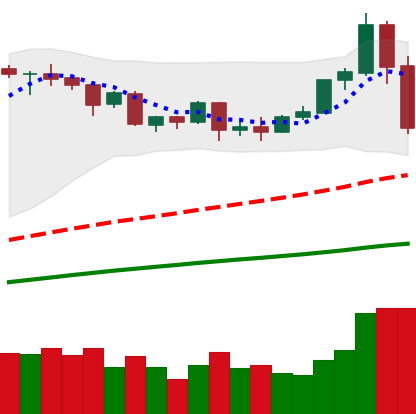
Ticker: ETH-USD
Chart end date: 2020-09-03
Forward return: -12.464%
Label: down_7plus